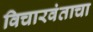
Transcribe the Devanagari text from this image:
विचारवंताचा